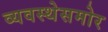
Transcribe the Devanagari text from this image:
व्यवस्थेसमोर